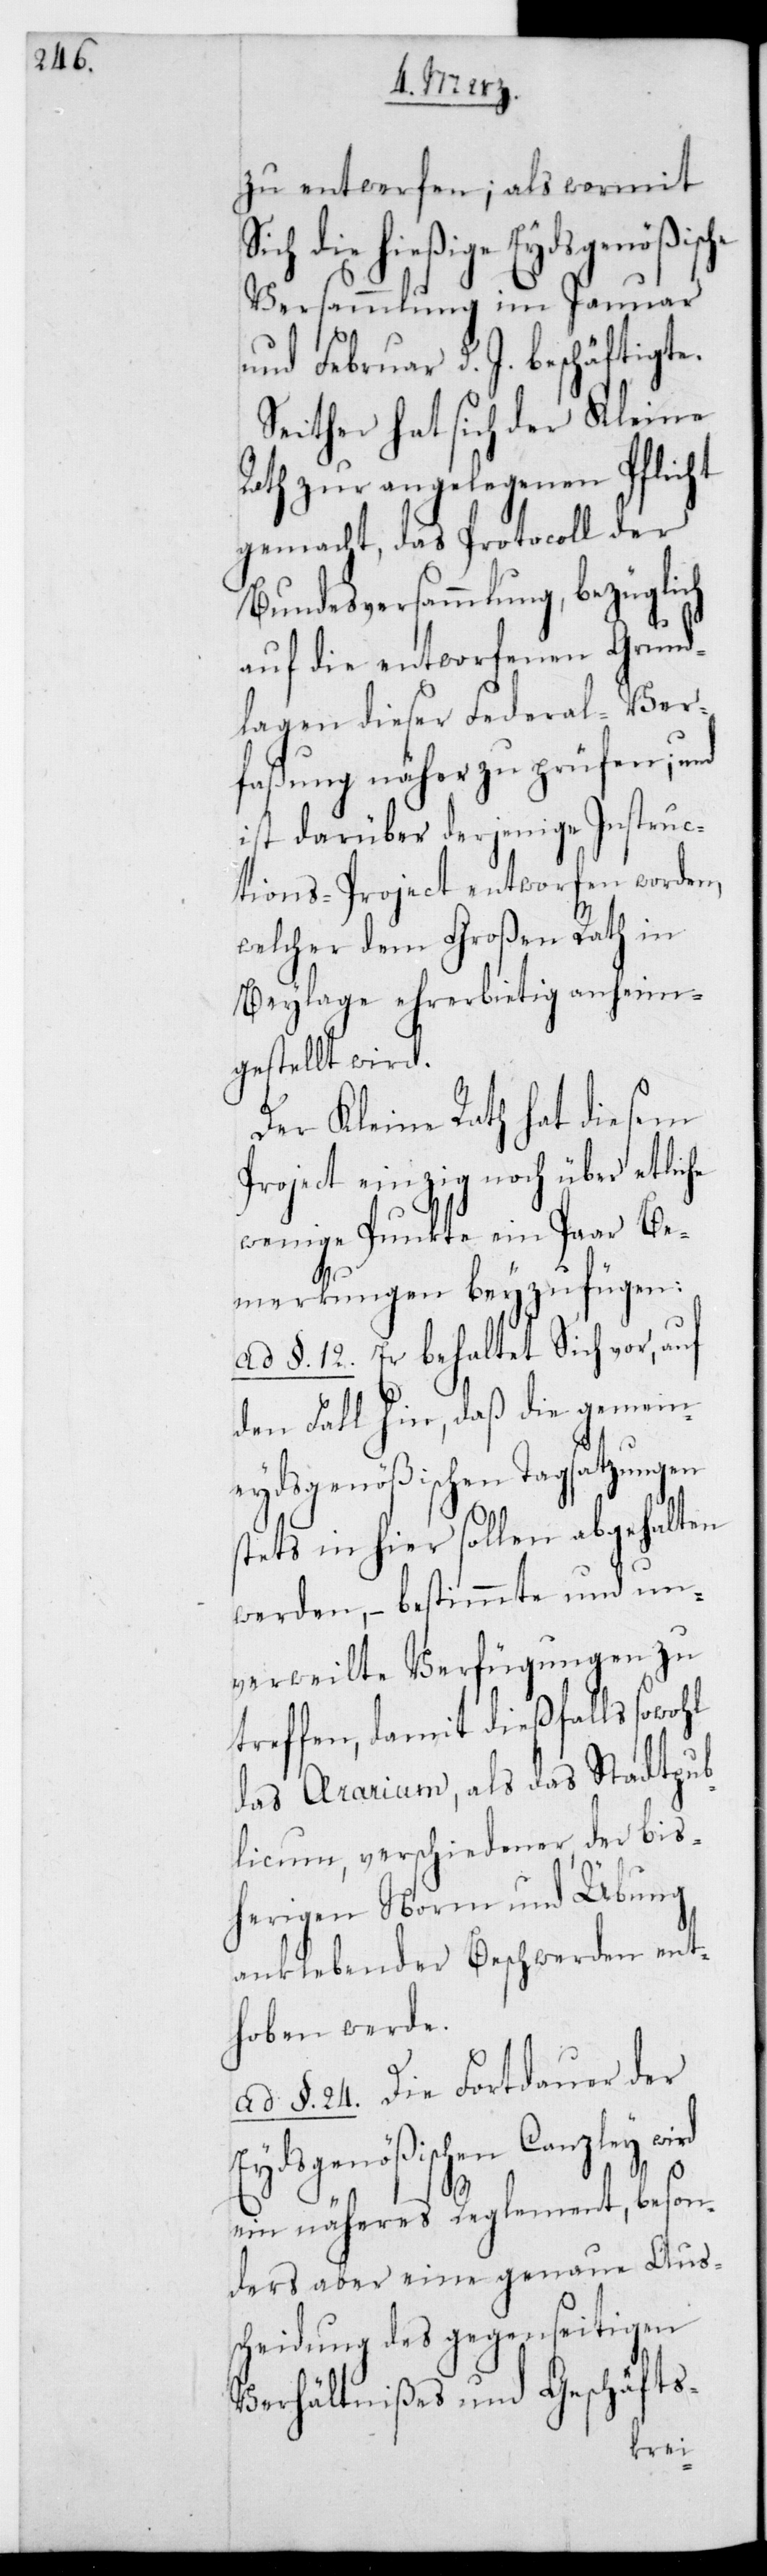
zu entwerfen; als wormit
sich die hießige Eydsgenößische
Versammlung im Januar
und Februar d. J. beschäftigte.
Seither hat sich der Kleine
Rath zur angelegenen Pflicht
gemacht, das Protocoll der
Bundesversammlung, bezüglich
auf die entworfenen Grund¬
lagen dieser Federal-Ver¬
faßung näher zu prüfen; und
ist darüber derjenige Instruc¬
tions-Project entworfen worden,
welcher dem Großen Rath in
Beylage ehrerbietig anheim¬
gestellt wird.
Der Kleine Rath hat diesem
Project einzig noch über etlic¬
wenige Punkte ein paar Be¬
merkungen beyzufügen:
ad §. 12. Er behaltet Sich vor, auf
den Fall hin, daß die gemein¬
eydsgenößischen Tagsatzungen
stets in hier sollen abgehalten
werden, – bestimmte und un¬
verweilte Verfügungen zu
treffen, damit dießfalls sowohl
das Ærarium als das Stadtpub¬
licum verschiedener, der bis¬
herigen Norm und Übung
anklebender Beschwerden ent¬
hoben werde.
ad § 24. Die Fortdauer der
Eydsgenößischen Canzley
ein näheres Reglement, beson¬
ders aber eine genaue Aus¬
scheidung des gegenseitigen
Verhältnißes und Geschäfts-
he